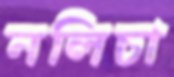
নলিচা